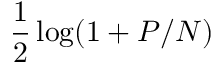
{ \frac { 1 } { 2 } } \log ( 1 + P / N )